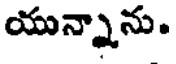
యున్నాను.